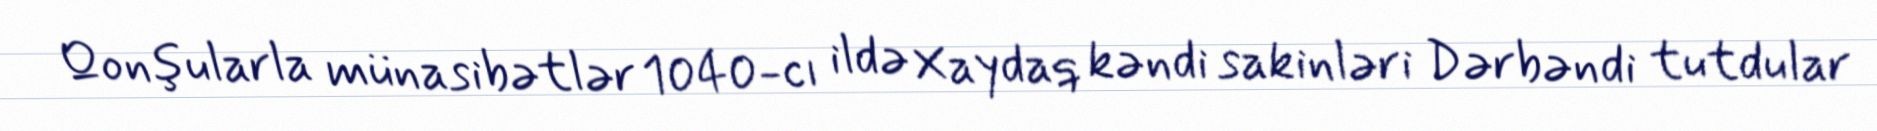
Qonşularla münasibətlər 1040-cı ildə Xaydaq kəndi sakinləri Dərbəndi tutdular